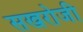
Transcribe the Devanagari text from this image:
सखरोजी